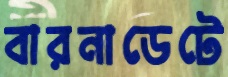
বারনাডেটে